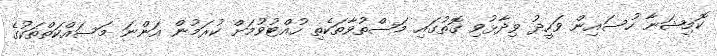
ކޮމިޝަނާ ހުސައިން ވަހީދު ވިދާޅުވި ގޮތުގައި މަސްތުވާތަކެތި ހުއްޓުވުމަށް ކުރަމުން އަންނަ މަސައްކަތްތަކުގެ